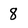
Character: 8